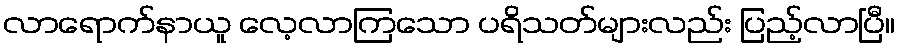
လာရောက်နာယူ လေ့လာကြသော ပရိသတ်များလည်း ပြည့်လာပြီ။